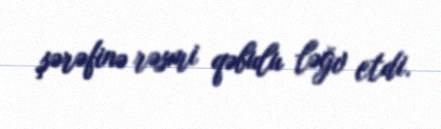
şərəfinə rəsmi qəbulu ləğv etdi.